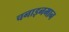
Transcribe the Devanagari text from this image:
चनाइनमान